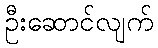
ဦးဆောင်လျက်